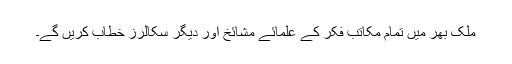
ملک بھر میں تمام مکاتب فکر کے علمائے مشائخ اور دیگر سکالرز خطاب کریں گے۔